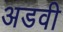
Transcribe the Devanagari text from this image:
अडवी